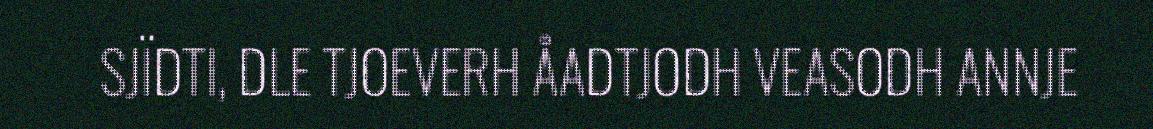
SJÏDTI, DLE TJOEVERH ÅADTJODH VEASODH ANNJE